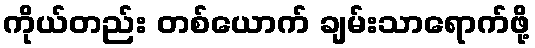
ကိုယ်တည်း တစ်ယောက် ချမ်းသာရောက်ဖို့